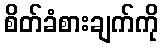
စိတ်ခံစားချက်ကို